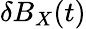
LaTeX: \delta B_{X}(t)